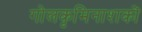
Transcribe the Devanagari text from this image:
गोलकृमिनाशकों